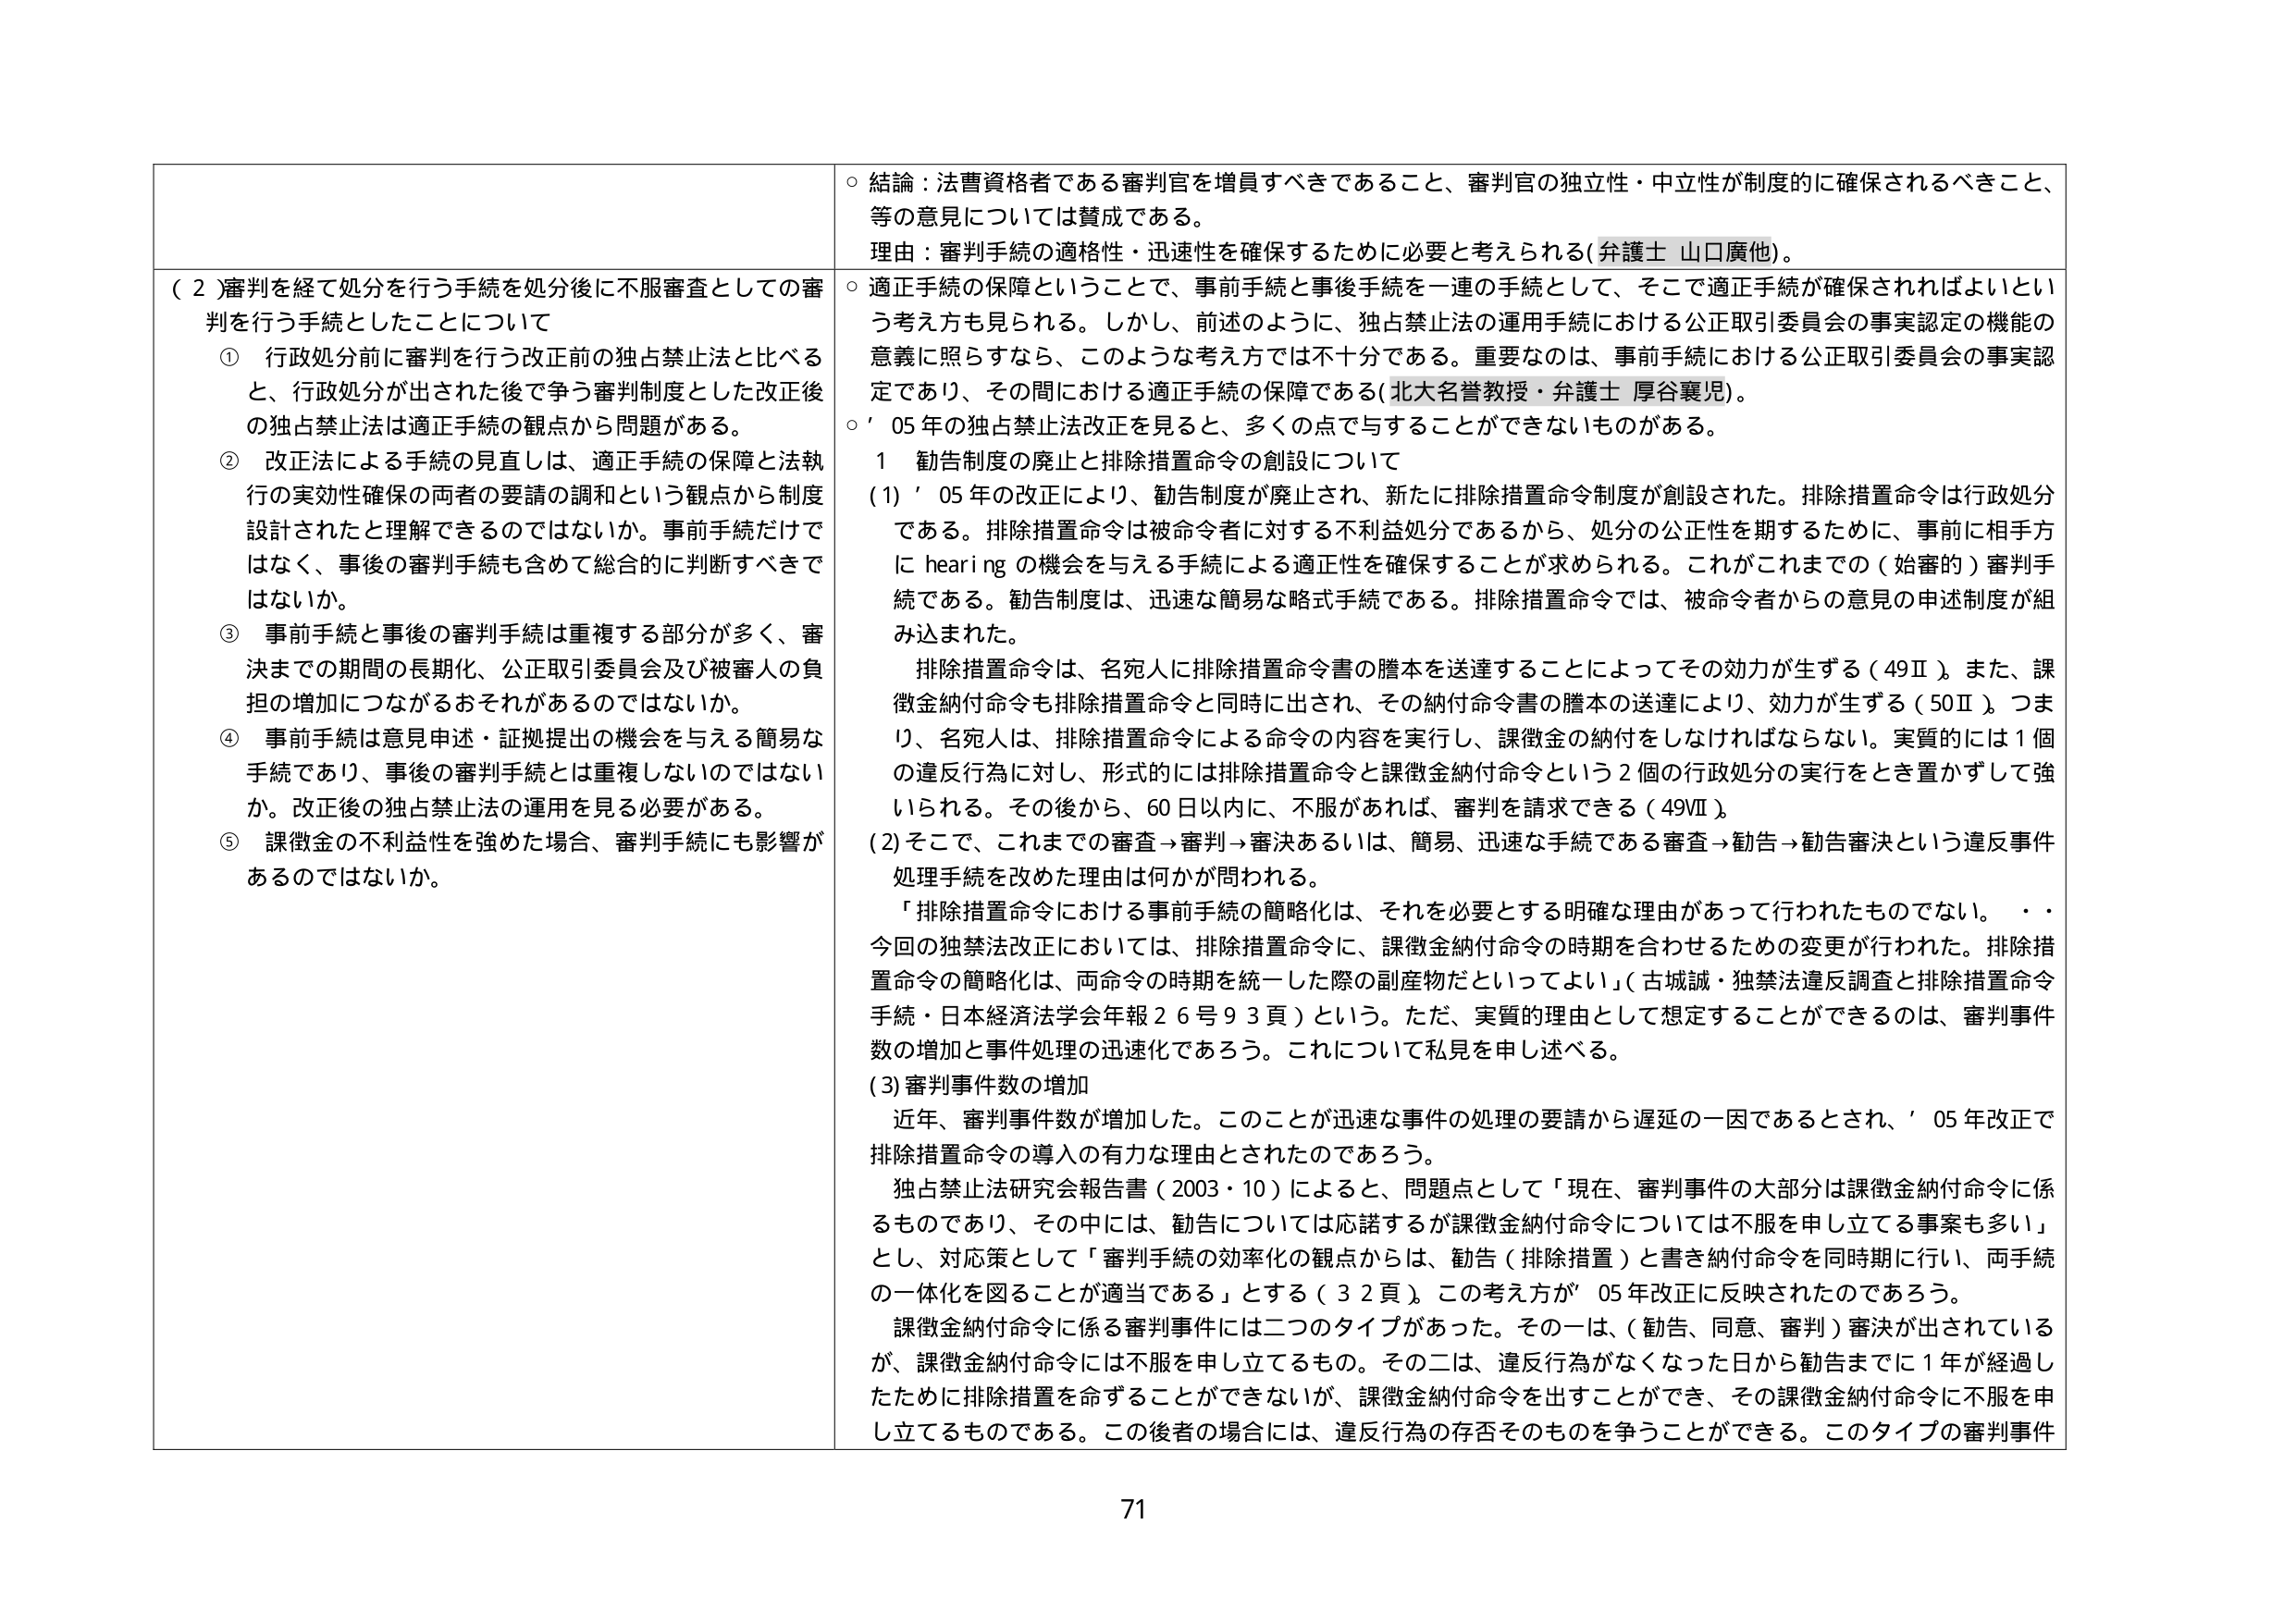
○ 結論：法曹資格者である審判官を増員すべきであること、審判官の独立性・中立性が制度的に確保されるべきこと、等の意見については賛成である。
理由：審判手続の適格性・迅速性を確保するために必要と考えられる（弁護士 山口廣他）。

（２）審判を経て処分を行う手続を処分後に不服審査としての審判を行う手続としたことについて
① 行政処分前に審判を行う改正前の独占禁止法と比べると、行政処分が出された後で争う審判制度とした改正後の独占禁止法は適正手続の観点から問題がある。
② 改正法による手続の見直しは、適正手続の保障と法執行の実効性確保の両者の要請の調和という観点から制度設計されたと理解できるのではないか。事前手続だけではなく、事後の審判手続も含めて総合的に判断すべきではないか。
③ 事前手続と事後の審判手続は重複する部分が多く、審決までの期間の長期化、公正取引委員会及び被審人の負担の増加につながるおそれがあるのではないか。
④ 事前手続は意見申述・証拠提出の機会を与える簡易な手続であり、事後の審判手続とは重複しないのではないか。改正後の独占禁止法の運用を見る必要がある。
⑤ 課徴金の不利益性を強めた場合、審判手続にも影響があるのではないか。

○ 適正手続の保障ということで、事前手続と事後手続を一連の手続として、そこで適正手続が確保されればよいという考え方も見られる。しかし、前述のように、独占禁止法の運用手続における公正取引委員会の事実認定の機能の意義に照らすなら、このような考え方では不十分である。重要なのは、事前手続における公正取引委員会の事実認定であり、その間における適正手続の保障である（北大名誉教授・弁護士 厚谷襄児）。
○ ’05年の独占禁止法改正を見ると、多くの点で与すことができないものがある。

１ 勧告制度の廃止と排除措置命令の創設について
（1）’05年の改正により、勧告制度が廃止され、新たに排除措置命令制度が創設された。排除措置命令は行政処分である。排除措置命令は被命令者に対する不利益処分であるから、処分の公正性を期するために、事前に相手方に hearing の機会を与える手続による適正性を確保することが求められる。これがこれまでの（始審的）審判手続である。勧告制度は、迅速な簡易な格式手続である。排除措置命令では、被命令者からの意見の申述制度が組み込まれた。
　排除措置命令は、名宛人に排除措置命令書の謄本を送達することによってその効力が生ずる（49Ⅱ）。また、課徴金納付命令も排除措置命令と同時に出され、その納付命令書の謄本の送達により、効力が生ずる（50Ⅱ）。つまり、名宛人は、排除措置命令による命令の内容を実行し、課徴金の納付をしなければならない。実質的には1個の違反行為に対し、形式的には排除措置命令と課徴金納付命令という2個の行政処分の実行をとき置かずして強いられる。その後から、60日以内に、不服があれば、審判を請求できる（49Ⅶ）。
（2）そこで、これまでの審査→審判→審決あるいは、簡易、迅速な手続である審査→勧告→勧告審決という違反事件処理手続を改めた理由は何かが問われる。
　「排除措置命令における事前手続の簡略化は、それを必要とする明確な理由があって行われたものでない。・・今回の独禁法改正においては、排除措置命令に、課徴金納付命令の時期を合わせるための変更が行われた。排除措置命令の簡略化は、両命令の時期を統一した際の副産物だといってよい」（古城誠・独禁法違反調査と排除措置命令手続・日本経済法学会年報26号93頁）という。ただ、実質的理由として想定することができる的是、審判事件数の増加と事件処理の迅速化であろう。これについて私見を申し述べる。
（3）審判事件数の増加
　近年、審判事件数が増加した。このことが迅速な事件の処理の要請から遅延の一因であるとされ、’05年改正で排除措置命令の導入の有力な理由とされたのであろう。
　独占禁止法研究会報告書（2003・10）によると、問題点として「現在、審判事件の大部分は課徴金納付命令に係るものであり、その中には、勧告については応諾するが課徴金納付命令については不服を申し立てる事案も多い」とし、対応策として「審判手続の効率化の観点からは、勧告（排除措置）と書き納付命令を同時期に行い、両手続の一体化を図ることが適当である」とする（32頁）。この考え方が’05年改正に反映されたのであろう。
　課徴金納付命令に係る審判事件には二つのタイプがあった。その一是、（勧告、同意、審判）審決が出されているが、課徴金納付命令には不服を申し立てるもの。その二是、違反行為がなくなった日から勧告までに1年が経過したために排除措置を命ずることができないが、課徴金納付命令を出すことができ、その課徴金納付命令に不服を申し立てるものである。この後者の場合には、違反行為の存否そのものを争うことができる。このタイプの審判事件

71